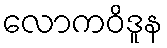
လောကဝိဒူန